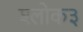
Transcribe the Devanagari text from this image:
श्लोक३